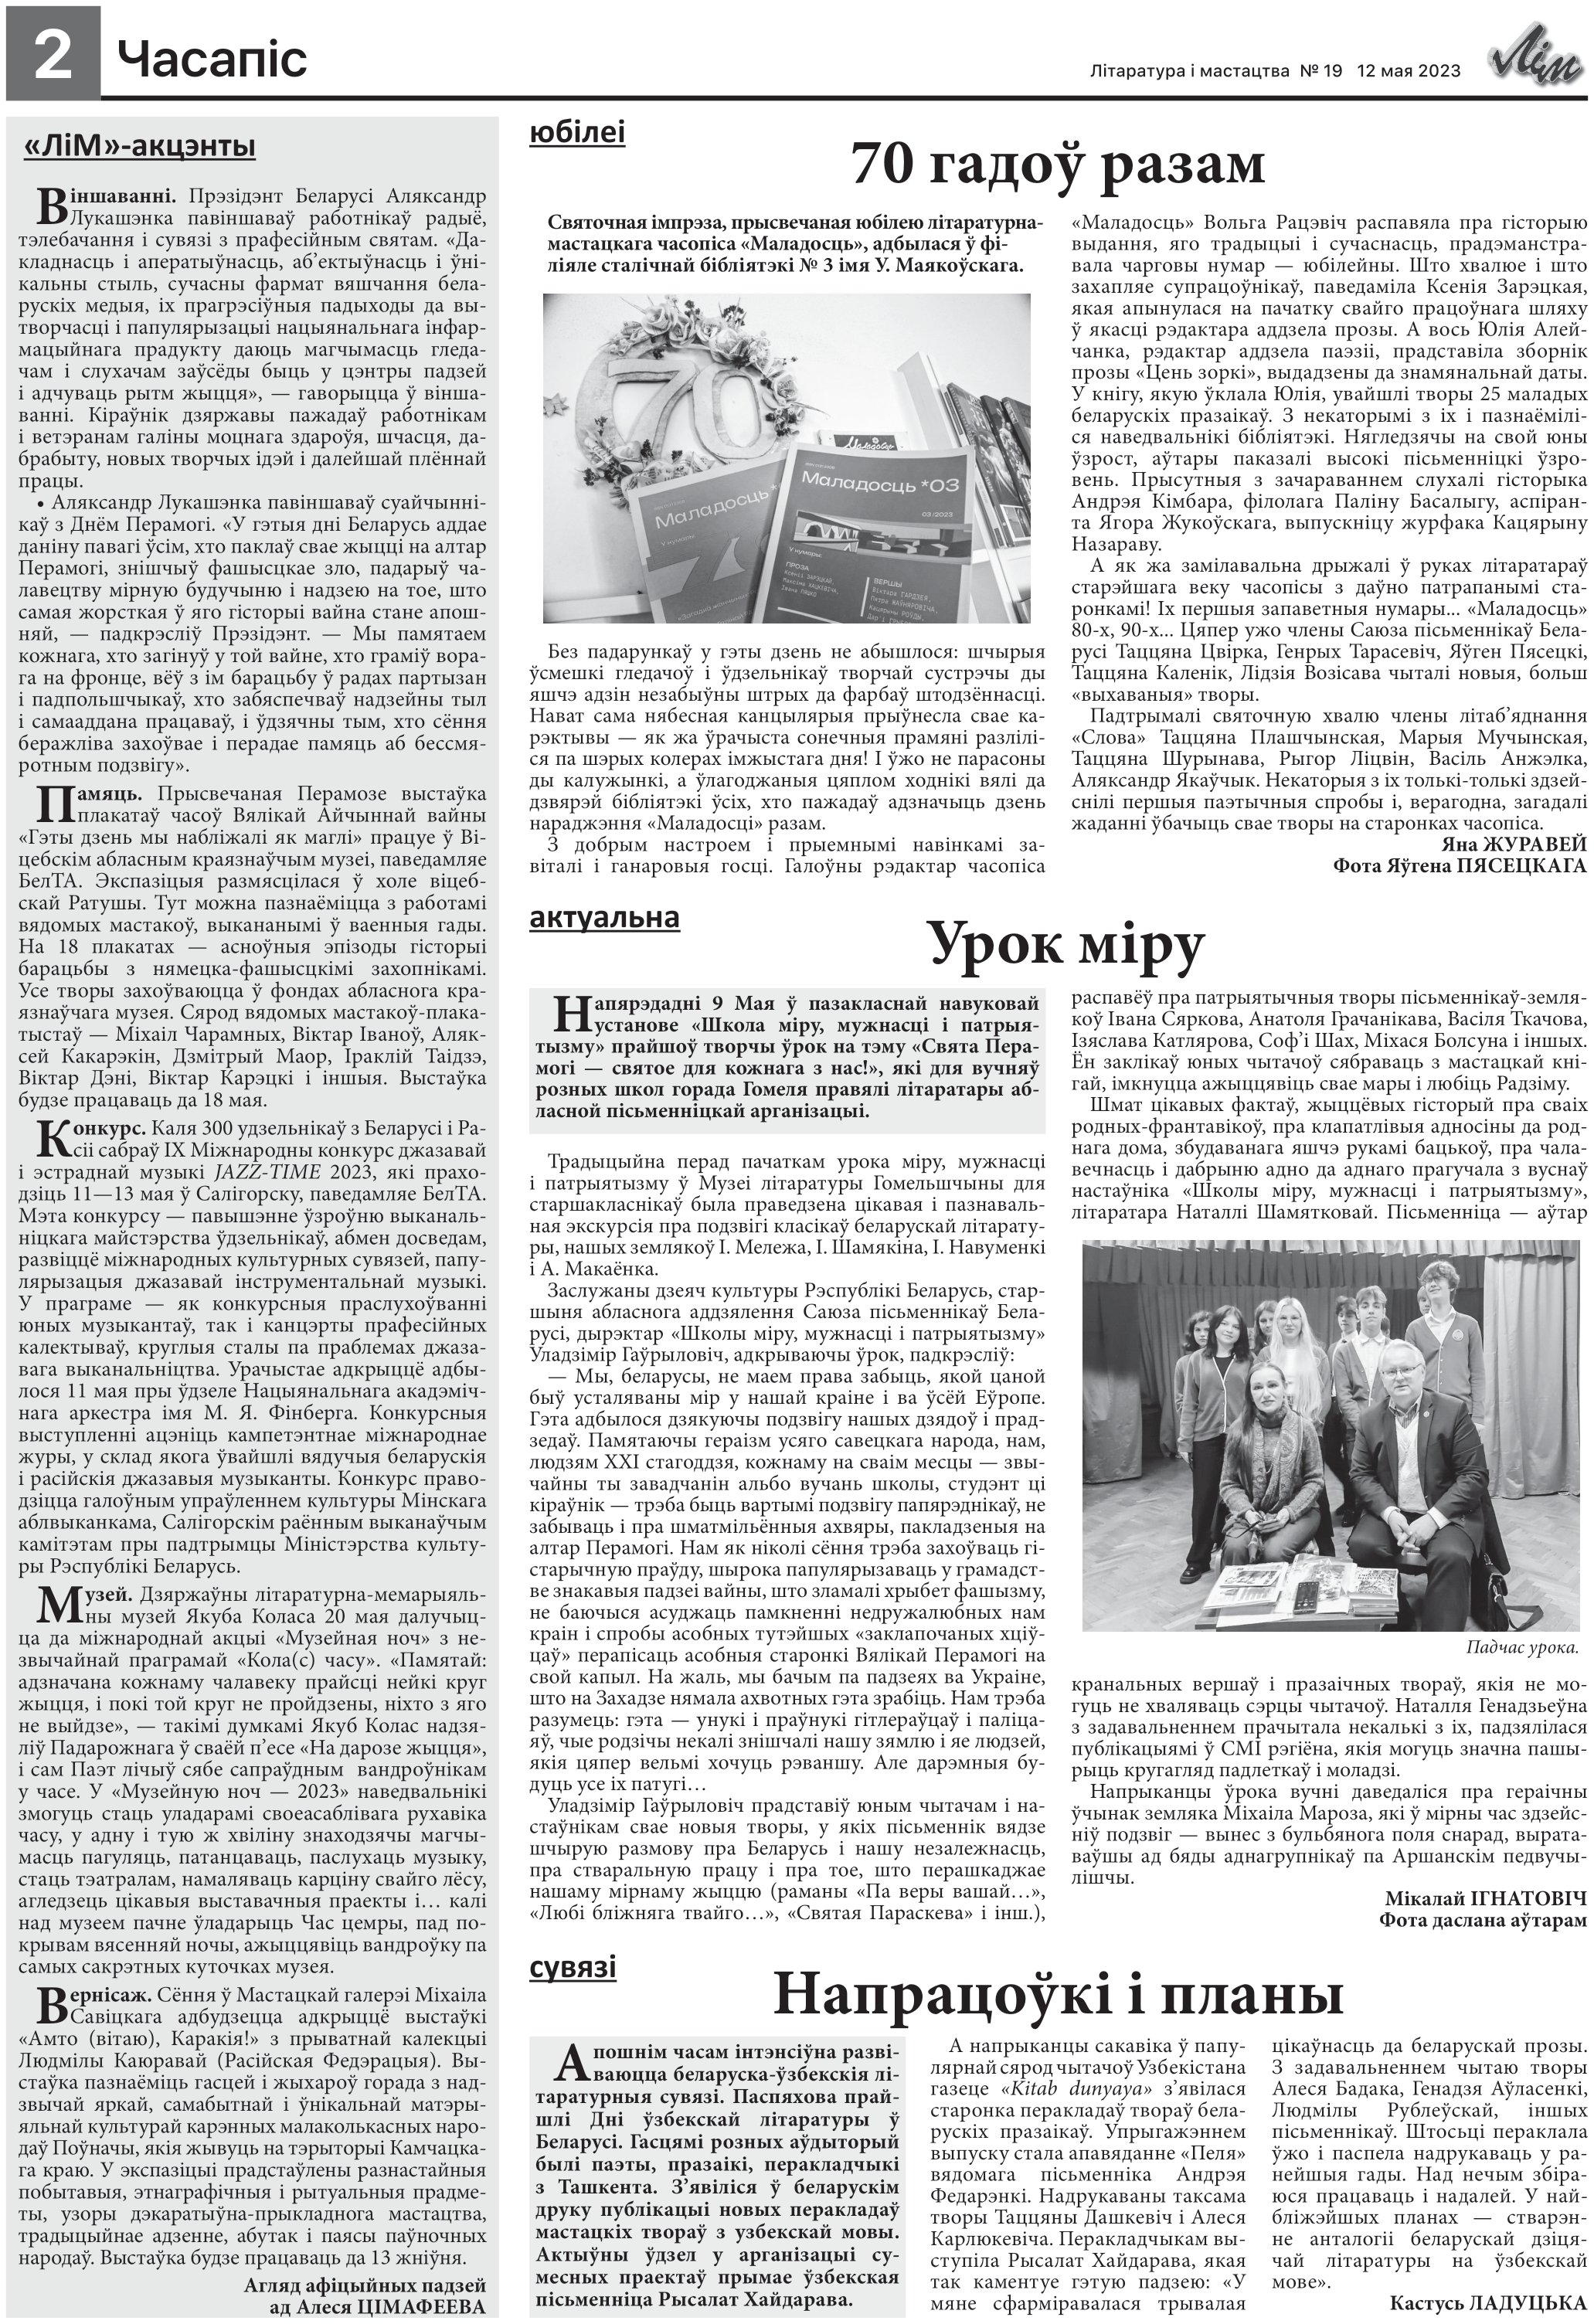
Language: be